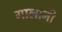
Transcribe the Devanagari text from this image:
गालानी